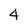
Character: 4